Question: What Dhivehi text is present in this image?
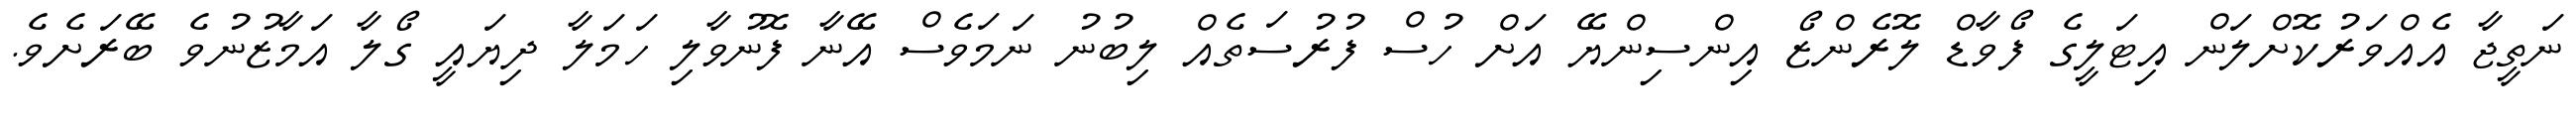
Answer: ނަތީޖާ އެއްވަރުކޮށްލަން އިޓަލީގެ ފޯވާޑް ލޮރެންޒޯ އިންސިންޔޭ އަށް ހުސް ފުރުސަތެއް ލިބުނު ނަމަވެސް އޭނާ ފޮނުވާލި ހަމަލާ ދިޔައީ ގޯލާ އަމާޒުނުވެ ބޭރަށެވެ.